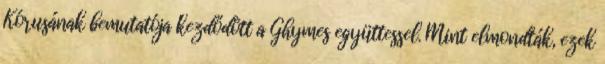
Kórusának bemutatója kezdődött a Ghymes együttessel. Mint elmondták, ezek